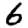
Digit: 6